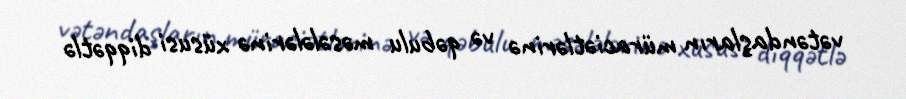
vətəndaşların müraciətlərinə və qəbulu məsələlərinə xüsusi diqqətlə